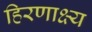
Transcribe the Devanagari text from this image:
हिरणाक्ष्य